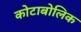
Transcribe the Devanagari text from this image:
कोटाबोलिक